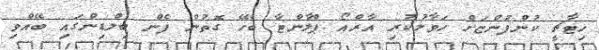
ހިޓާޗީ ކުންފުންޏަށް ހަވާލުކުރި އާރްއޯ ޕްލާންޓާ ބެހޭ ގޮތުން ފެން ބިލްޑިންގައި ބޭއްވި